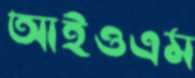
আইওএম